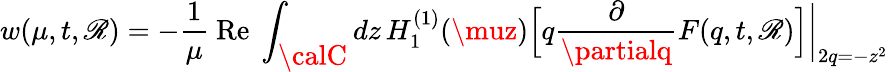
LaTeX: w(\mu,t,\mathscr{R})=-\frac{{1}}{{\mu}}\mathrm{{~Re~}}\int_{\textstyle{\calC}}dz\, H_{1}^{(1)}(\muz)\Bigl[q\frac{{\partial}}{{\partialq}}F(q,t,\mathscr{R})\Bigr]\biggl|_{2q=-z^{2}}